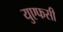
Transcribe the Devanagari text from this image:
युएफसी